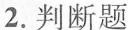
2.判断题